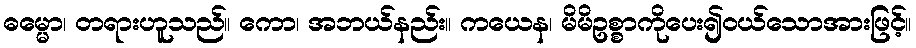
ဓမ္မော၊ တရားဟူသည်။ ကော၊ အဘယ်နည်း။ ကယေန၊ မိမိဥစ္စာကိုပေး၍ဝယ်သောအားဖြင့်။